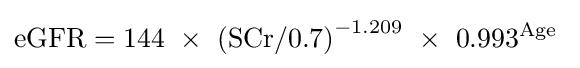
\mathrm {eGFR} =144\ \times \ \mathrm {(SCr/0.7)} ^{-1.209}\ \times \ 0.993^{\text{Age}}\